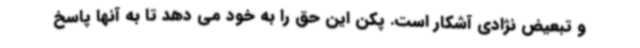
و تبعیض نژادی آشکار است. پکن این حق را به خود می دهد تا به آنها پاسخ